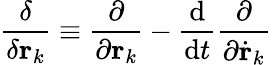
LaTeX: {\frac{\delta}{\delta\mathbf{r}_{k}}}\equiv{\frac{\partial}{\partial\mathbf{r}_{k}}}-{\frac{\mathrm{d}}{\mathrm{d}t}}{\frac{\partial}{\partial{\dot{\mathbf{r}}}_{k}}}